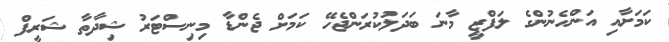
ކަމަށާއި އަންހެނުންގެ ލަފްޒީ މާނަ ބަދަަލުކުރަންޖެހޭ ކަމަށް ޖެންޑާ މިނިސްޓަރު ޝިދާތާ ޝަރީފް